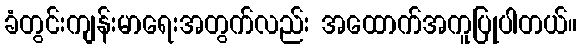
ခံတွင်းကျန်းမာရေးအတွက်လည်း အထောက်အကူပြုပါတယ်။